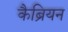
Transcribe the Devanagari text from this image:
कैब्रियन